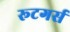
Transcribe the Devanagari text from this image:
रूटगर्स